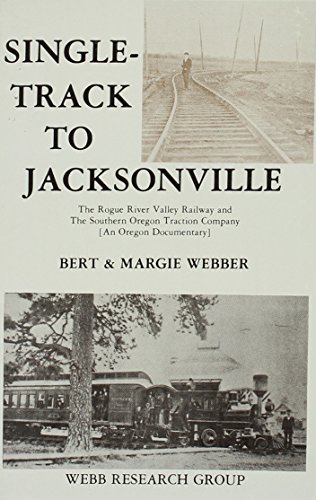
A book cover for Single Track to Jacksonville the Rogue River Valley Rail Road an Oregon Documentary; Bert Webber; Travel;